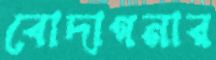
বোদাগনার